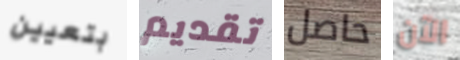
بتعيين تقديم حاصل الآن